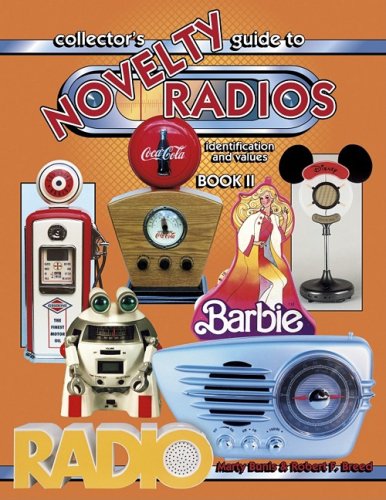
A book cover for Collectors Guide to Novelty Radios: Identification and Values, Book II; Robert Reed; Crafts, Hobbies & Home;